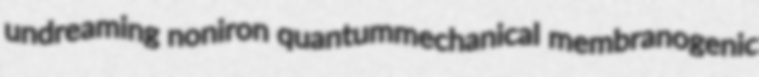
undreaming noniron quantummechanical membranogenic